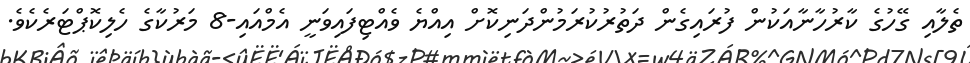
ތެލާއި ގޭހުގެ ކާރުހާނާއަކުން ފުރައިގެން ދަތުރުކުރަމުންދަނިކޮށް އިއްޔެ ވެއްޓިފައިވަނީ އެމްއައި-8 މަރުކާގެ ހެލިކޮޕްޓަރެކެވެ.